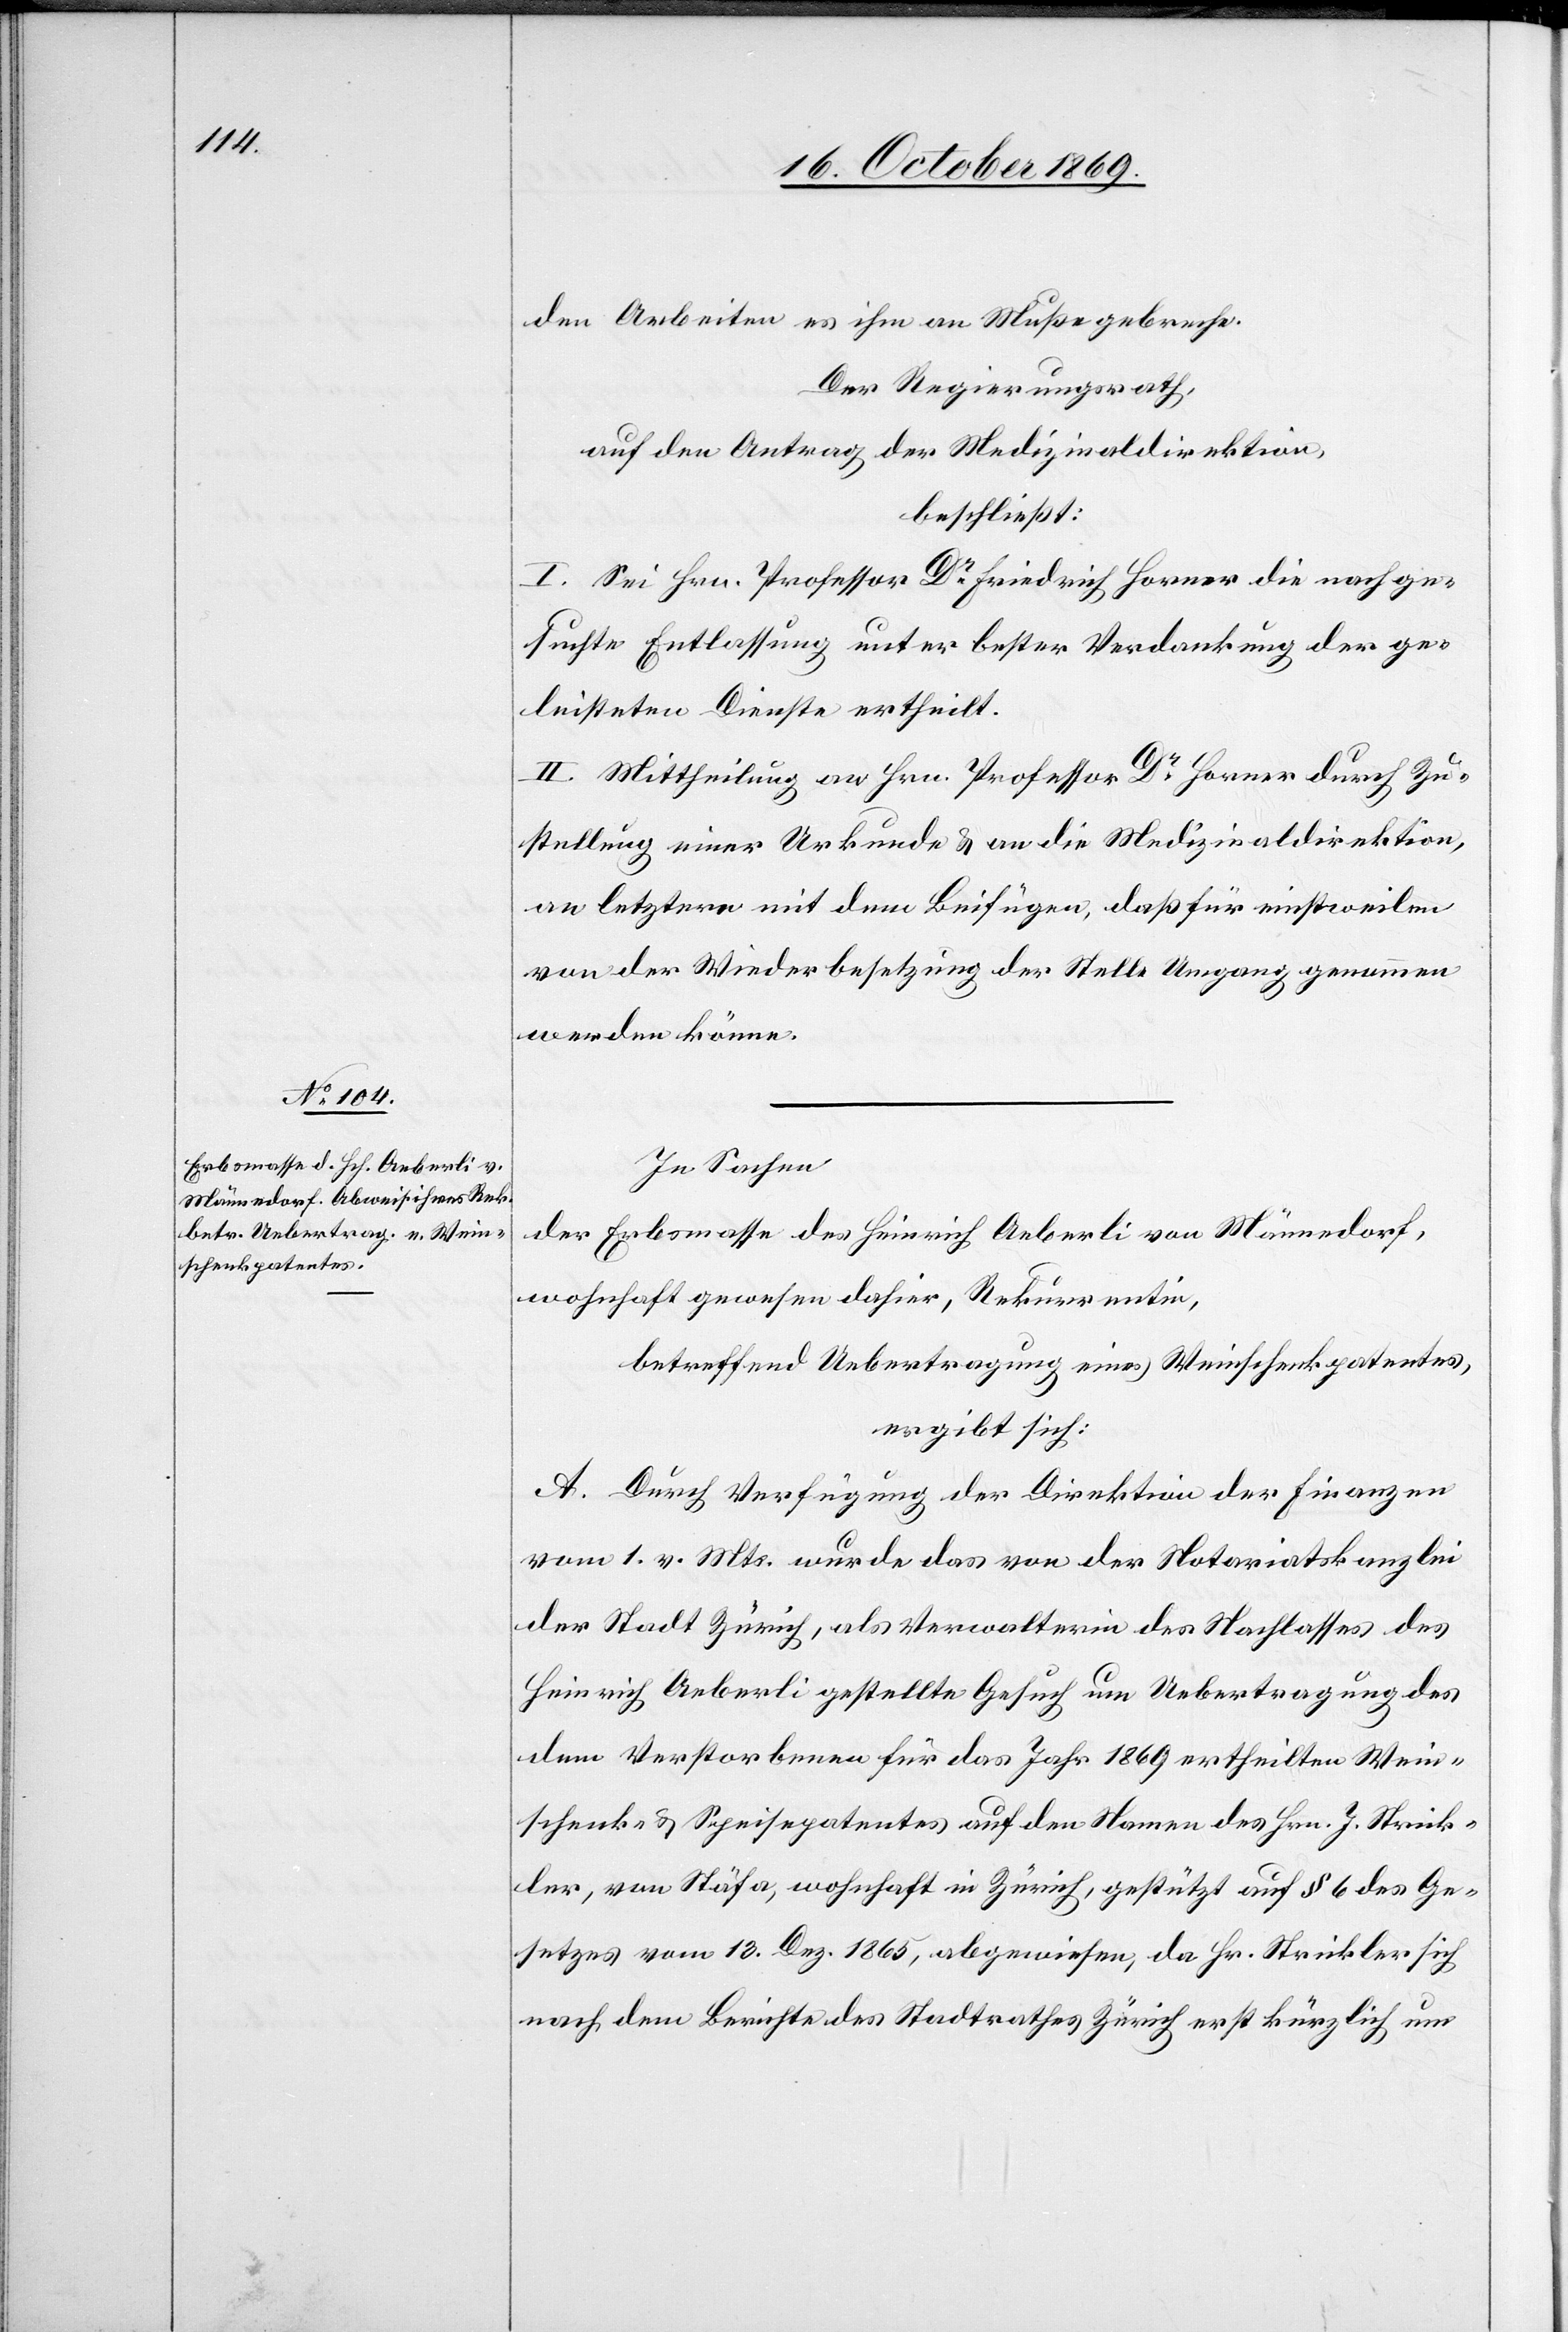
den Arbeiten es ihm an Muße gebreche.
Der Regierungsrath,
auf den Antrag der Medizinaldirektion,
beschließt:
I. Sei Hrn. Professor Dr Friedrich Horner die nachge¬
suchte Entlassung unter bester Verdankung der ge¬
leisteten Dienste ertheilt.
II. Mittheilung an Hrn. Professor Dr Horner durch Zu¬
stellung einer Urkunde & an die Medizinaldirektion,
an letztere mit dem Beifügen, daß für einstweilen
von der Wiederbesetzung der Stelle Umgang genommen
werden könne.
In Sachen
der Erbsmasse des Heinrich Aeberli von Männedorf,
wohnhaft gewesen dahier, Rekurrentin,
betreffend Uebertragung eines Weinschenkpatentes,
ergibt sich:
A. Durch Verfügung der Direktion der Finanzen
vom 1. v. Mts. wurde das von der Notariatskanzlei
der Stadt Zürich, als Verwalterin des Nachlasses des
Heinrich Aeberli gestellte Gesuch um Uebertragung des
dem Verstorbenen für das Jahr 1869 ertheilten Wein¬
schenk- & Speisepatentes auf den Namen des Hrn. J. Strick¬
ler, von Stäfa, wohnhaft in Zürich, gestützt auf § 6 des Ge¬
setzes vom 13. Dez. 1865, abgewiesen, da Hr. Strickler sich
nach dem Berichte des Stadtrathes Zürich erst kürzlich um